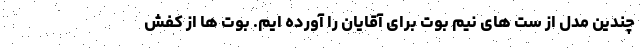
چندین مدل از ست های نیم بوت برای آقایان را آورده ایم. بوت ها از کفش